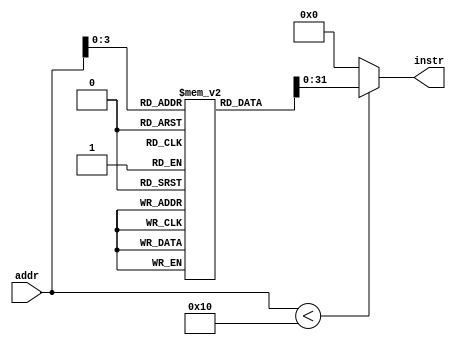
module instr_mem(input [31:0] addr, output [31:0] instr); 
	reg [32:0] rom[15:0];
	assign instr =  addr < 16 ? rom[addr[31:0]] : 32'b0 ;
	initial 
		begin 
		
		/*rom[0] = 32'b00000001010010110100100000100010;  //sub t1 t2 t3;
                rom[1] = 32'b00010010101101100000000000000010; 	//beq s5 s6 0x2;
                rom[2] = 32'b00000001100011010101100000100000;  //add t3 t4 t5;
                rom[3] = 32'b00000001101011100110000000100000;  //add t4 t5 t6;
                rom[4] = 32'b00000001110011110110100000100000;  //add t5 t6 t7;
                rom[5] = 32'b10001110010100010000000000000010;	//lw s1 0x2 s2;
                rom[6] = 32'b00000000000000000000000000000000;  
                rom[7] = 32'b00000000000000000000000000000000;  
                rom[8] = 32'b00000000000000000000000000000000;  
                rom[9] = 32'b00000000000000000000000000000000; 
                rom[10] = 32'b00000000000000000000000000000000;  
                rom[11] = 32'b00000000000000000000000000000000;  
                rom[12] = 32'b00000000000000000000000000000000;
                rom[13] = 32'b00000000000000000000000000000000;  
                rom[14] = 32'b00000000000000000000000000000000;
				rom[15] = 32'b00000000000000000000000000000000;*/
				rom[0] = 32'b10001110010100010000000000000010;  //sub t1 t2 t3;
                rom[1] = 32'b00000000000000000000000000000000; 	//beq s5 s6 0x2;
                rom[2] = 32'b00000000000000000000000000000000;  //add t3 t4 t5;
                rom[3] = 32'b00000000000000000000000000000000;  //add t4 t5 t6;
                rom[4] = 32'b00000000000000000000000000000000;  //add t5 t6 t7;
                rom[5] = 32'b100000000000000000000000000000000;	//lw s1 0x2 s2;
                rom[6] = 32'b00000000000000000000000000000000;  
                rom[7] = 32'b00000000000000000000000000000000;  
                rom[8] = 32'b00000000000000000000000000000000;  
                rom[9] = 32'b00000000000000000000000000000000; 
                rom[10] = 32'b00000000000000000000000000000000;  
                rom[11] = 32'b00000000000000000000000000000000;  
                rom[12] = 32'b00000000000000000000000000000000;
                rom[13] = 32'b00000000000000000000000000000000;  
                rom[14] = 32'b00000000000000000000000000000000;
				rom[15] = 32'b00000000000000000000000000000000;
		
		end 
	
endmodule